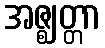
အဇ္ဈတ္တာ